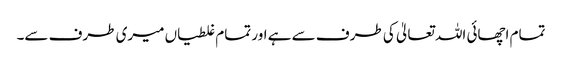
تمام اچھائی اللہ تعالیٰ کی طرف سے ہے اور تمام غلطیاں میری طرف سے۔